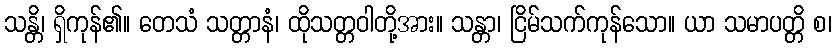
သန္တိ၊ ရှိကုန်၏။ တေသံ သတ္တာနံ၊ ထိုသတ္တဝါတို့အား။ သန္တာ၊ ငြိမ်သက်ကုန်သော။ ယာ သမာပတ္တိ စ၊